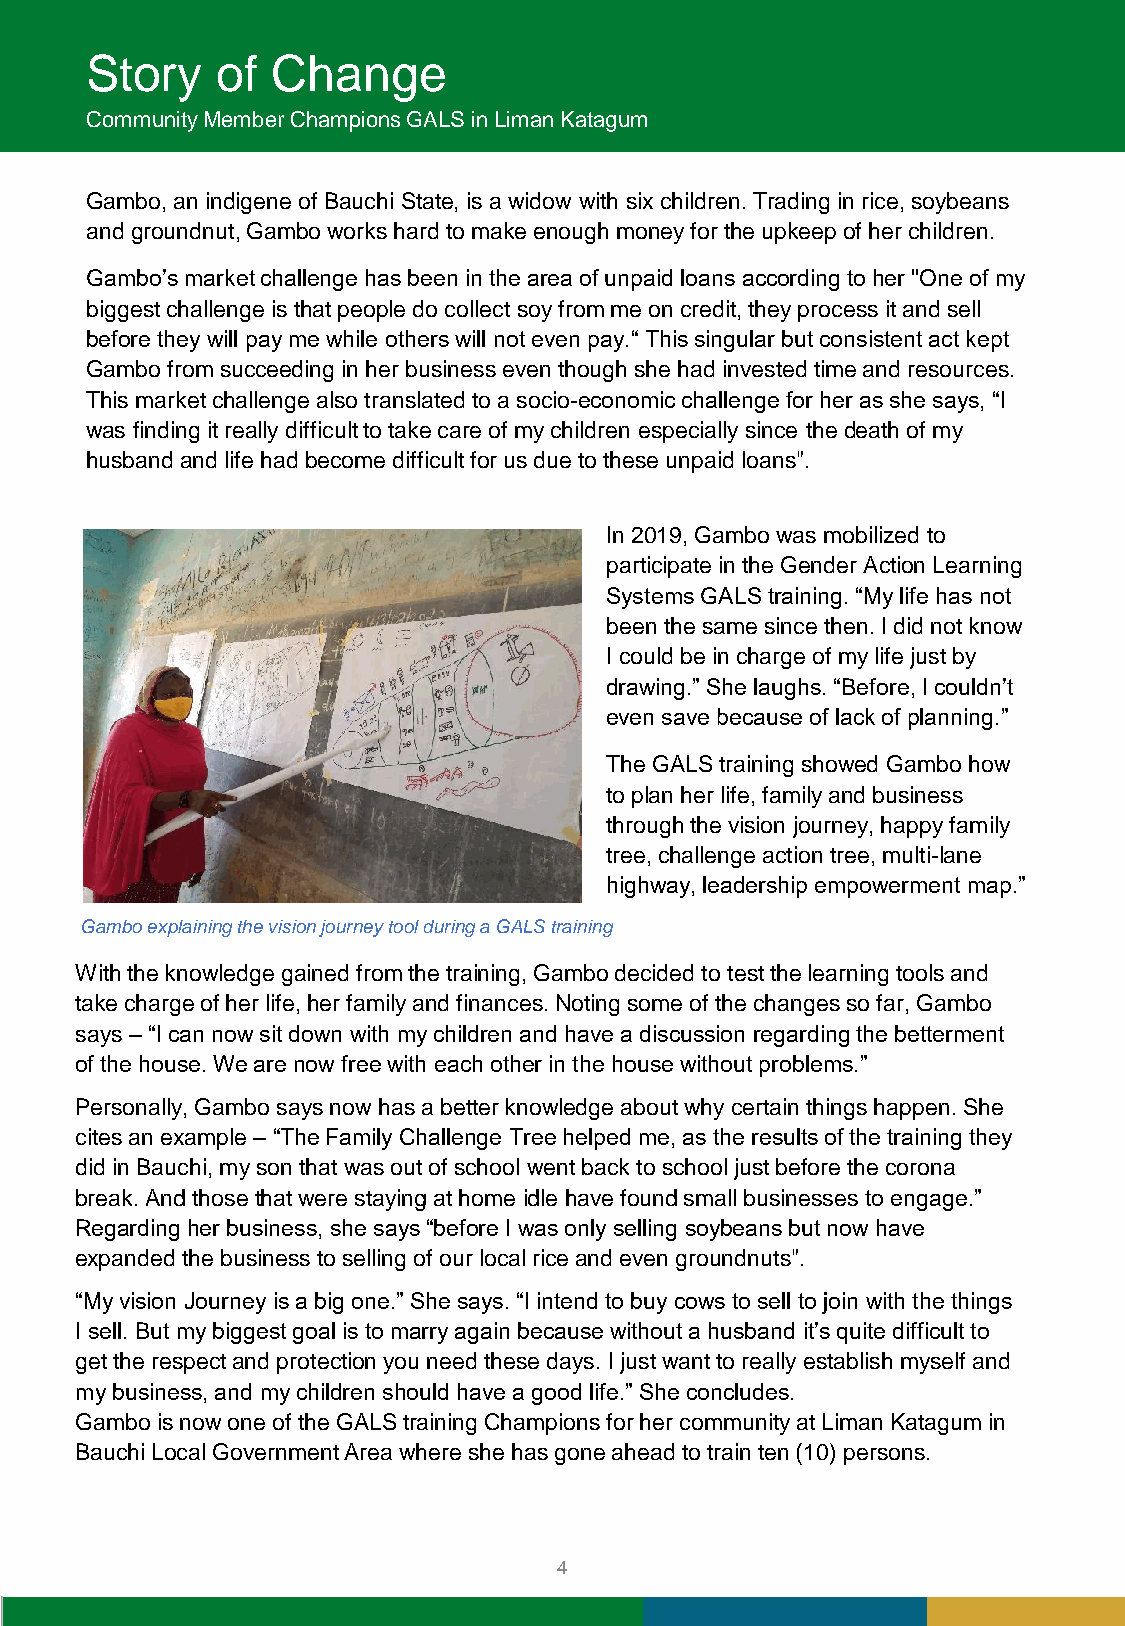
Story   of  Change
 Community Member Champions GALS in Liman Katagum
 Gambo, an indigene of Bauchi State, is a widow with six children. Trading in rice, soybeans
 and groundnut, Gambo works hard to make enough money for the upkeep of her children.
 Gambo’s market challenge has been in the area of unpaid loans according to her "One of my
 biggest challenge is that people do collect soy from me on credit, they process it and sell
 before they will pay me while others will not even pay.“ This singular but consistent act kept
 Gambo from succeeding in her business even though she had invested time and resources.
 This market challenge also translated to a socio-economic challenge for her as she says, “I
 was finding it really difficult to take care of my children especially since the death of my
 husband and life had become difficult for us due to these unpaid loans".
 In 2019, Gambo was mobilized to
 participate in the Gender Action Learning
 Systems GALS training. “My life has not
 been the same since then. I did not know
 I could be in charge ofmy life just by
 drawing.” She laughs. “Before, I couldn’t
 even save because of lack of planning.”
 The GALS training showed Gambo how
 to plan her life, family and business
 through the vision journey, happy family
 tree, challenge action tree, multi-lane
 highway, leadership empowerment map.”
 Gambo explaining the vision journey tool during a GALS training
 With the knowledge gained from the training, Gambo decided to test the learning tools and
 take charge of her life, her family and finances. Noting some of the changes so far, Gambo
 says –“I can now sit down with my children and have a discussion regarding the betterment
 of the house. We are now free with each other in the house without problems.”
 Personally, Gambo says now has a better knowledge about why certain things happen. She
 cites an example – “The Family Challenge Tree helped me, as the results of the training they
 did in Bauchi, my son that was out of school went back to school just before the corona
 break. And those that were staying at home idle have found small businesses to engage.”
 Regarding her business, she says “before I was only selling soybeans but now have
 expanded the business to selling of our local rice and even groundnuts".
 “My vision Journey is a big one.” She says. “I intend to buy cows to sell to join with the things
 I sell. But my biggest goal is to marry again because without a husband it’s quite difficult to
 get the respect and protection you need these days. I just want to really establish myself and
 my business, and my children should have a good life.” She concludes.
 Gambo is now one of the GALS training Champions for her community at Liman Katagum in
 Bauchi Local Government Area where she has gone ahead to train ten (10) persons.
 4